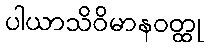
ပါယာသိဝိမာနဝတ္ထု